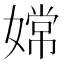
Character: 嫦